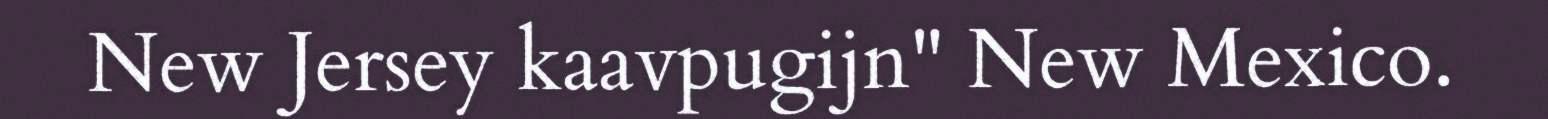
New Jersey kaavpugijn" New Mexico.